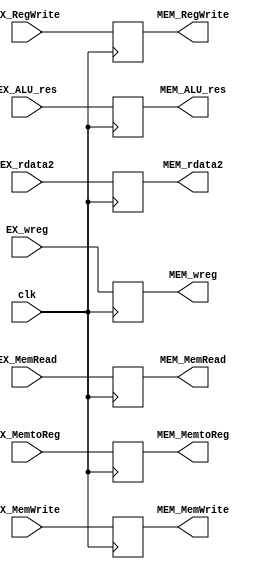
module EX_MEM(clk, EX_MemtoReg , EX_RegWrite , EX_MemRead , EX_MemWrite , EX_ALU_res , EX_rdata2 , EX_wreg, 
				   MEM_MemtoReg, MEM_RegWrite, MEM_MemRead, MEM_MemWrite, MEM_ALU_res, MEM_rdata2, MEM_wreg);
	input			clk;
	
	input			EX_MemtoReg;
	input			EX_RegWrite;
	input			EX_MemRead;
	input			EX_MemWrite;
	input	[31:0]	EX_ALU_res;
	input	[31:0]	EX_rdata2;
	input	[4:0]	EX_wreg;

	output			MEM_MemtoReg;
	output			MEM_RegWrite;
	output			MEM_MemRead;
	output			MEM_MemWrite;
	output	[31:0]	MEM_ALU_res;
	output	[31:0]	MEM_rdata2;
	output	[4:0]	MEM_wreg;

	reg				MemtoReg;
	reg				RegWrite;
	reg				MemRead;
	reg				MemWrite;
	reg		[31:0]	ALU_res;
	reg		[31:0]	rdata2;
	reg		[4:0]	wreg;

	initial begin
		MemtoReg	=	0;
		RegWrite	=	0;
		MemRead		=	0;
		MemWrite	=	0;
		ALU_res		=	0;
		rdata2		=	0;
		wreg		=	0;
	end

	always @(posedge clk) begin
		MemtoReg	<=	EX_MemtoReg;
		RegWrite	<=	EX_RegWrite;
		MemRead		<=	EX_MemRead;
		MemWrite	<=	EX_MemWrite;
		ALU_res		<=	EX_ALU_res;
		rdata2		<=	EX_rdata2;
		wreg		<=	EX_wreg;
	end

	assign MEM_MemtoReg	=	MemtoReg;
	assign MEM_RegWrite	=	RegWrite;
	assign MEM_MemRead	=	MemRead;
	assign MEM_MemWrite	=	MemWrite;
	assign MEM_ALU_res	=	ALU_res;
	assign MEM_rdata2	=	rdata2;
	assign MEM_wreg		=	wreg;
endmodule